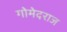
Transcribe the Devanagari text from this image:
गोमेदराज